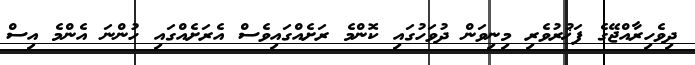
ދިވެހިރާއްޖޭގެ ފަޚުރުވެރި މިނިވަން ދުވަހުގައި ކޮންމެ ރަށެއްގައިވެސް އެރަށެއްގައި ހުންނަ އެންމެ އިސް